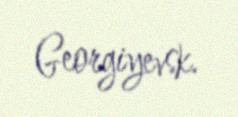
Georgiyevsk.